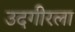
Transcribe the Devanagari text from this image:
उदगीरला